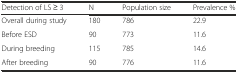
| Detection of LS ≥ 3 | N | Population size | Prevalence % |
 | --- | --- | --- | --- |
 | Overall during study | 180 | 786 | 22.9 |
 | Before ESD | 90 | 773 | 11.6 |
 | During breeding | 115 | 785 | 14.6 |
 | After breeding | 90 | 776 | 11.6 |